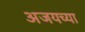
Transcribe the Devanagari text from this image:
अजयच्या